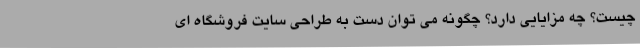
چیست؟ چه مزایایی دارد؟ چگونه می توان دست به طراحی سایت فروشگاه ای